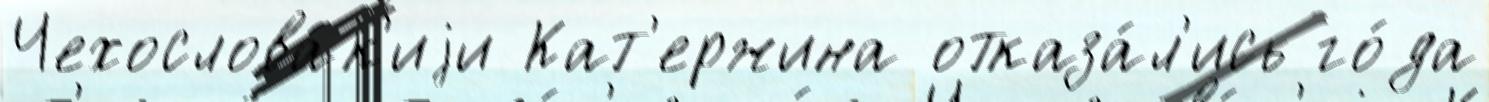
Чехослова́к'иjи Кат'ержина отказа́л'ись го́да